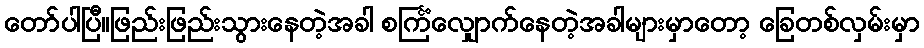
တော်ပါပြီ။ဖြည်းဖြည်းသွားနေတဲ့အခါ စင်္ကြံလျှောက်နေတဲ့အခါများမှာတော့ ခြေတစ်လှမ်းမှာ